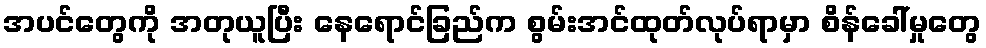
အပင်တွေကို အတုယူပြီး နေရောင်ခြည်က စွမ်းအင်ထုတ်လုပ်ရာမှာ စိန်ခေါ်မှုတွေ